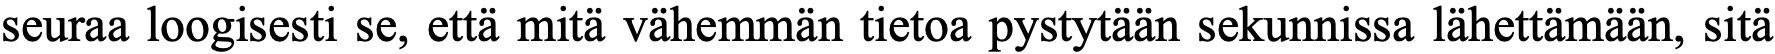
seuraa loogisesti se, että mitä vähemmän tietoa pystytään sekunnissa lähettämään, sitä